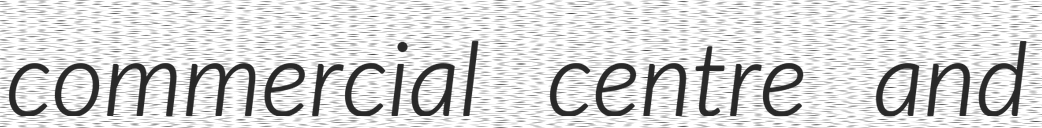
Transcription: commercial centre and